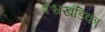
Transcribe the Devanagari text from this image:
पश्चखंडिका